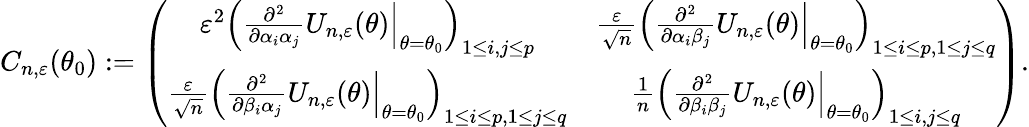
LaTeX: C_{n,\varepsilon}(\theta_{0}):=\left(\begin{array}{cc}{\varepsilon^{2}\left(\frac{\partial^{2}}{\partial\alpha_{i}\alpha_{j}}U_{n,\varepsilon}(\theta)\Big|_{\theta=\theta_{0}}\right)_{1\leq i,j\leq p}}&{\frac{\varepsilon}{\sqrt{n}}\left(\frac{\partial^{2}}{\partial\alpha_{i}\beta_{j}}U_{n,\varepsilon}(\theta)\Big|_{\theta=\theta_{0}}\right)_{1\leq i\leq p,1\leq j\leq q}}\\ {\frac{\varepsilon}{\sqrt{n}}\left(\frac{\partial^{2}}{\partial\beta_{i}\alpha_{j}}U_{n,\varepsilon}(\theta)\Big|_{\theta=\theta_{0}}\right)_{1\leq i\leq p,1\leq j\leq q}}&{\frac{1}{n}\left(\frac{\partial^{2}}{\partial\beta_{i}\beta_{j}}U_{n,\varepsilon}(\theta)\Big|_{\theta=\theta_{0}}\right)_{1\leq i,j\leq q}}\end{array}\right).